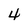
Character: 4